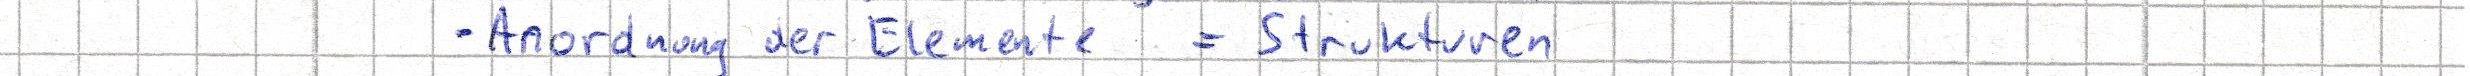
- Anordnung der Elemente = Strukturen